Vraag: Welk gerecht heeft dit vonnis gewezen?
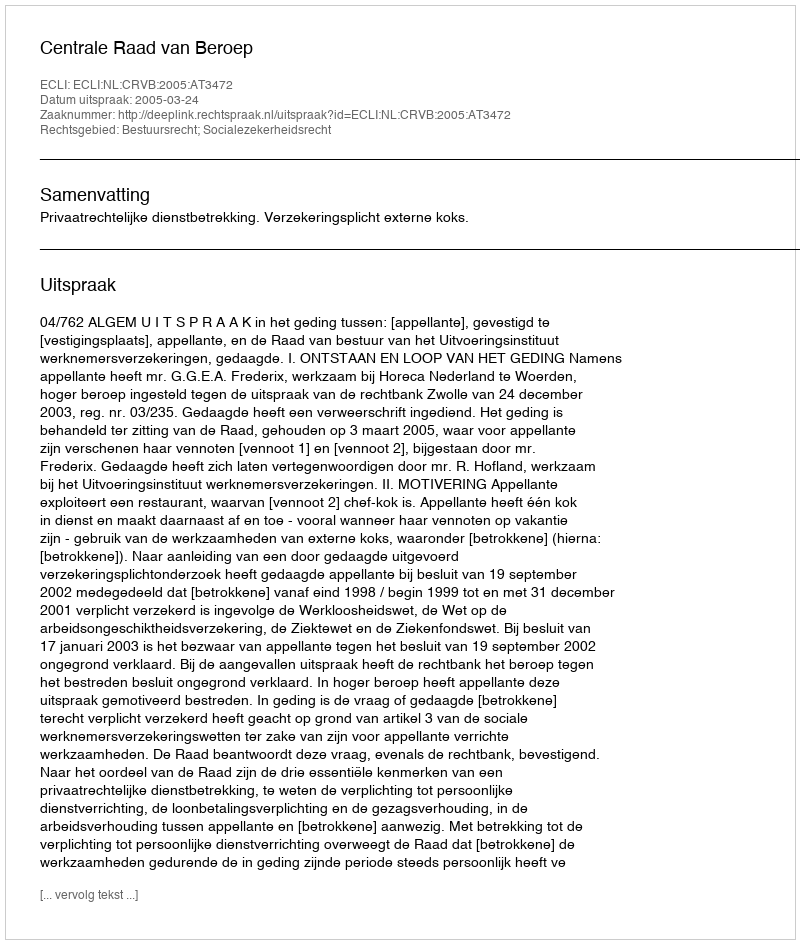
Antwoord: Centrale Raad van Beroep